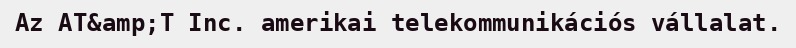
Az AT&amp;T Inc. amerikai telekommunikációs vállalat.